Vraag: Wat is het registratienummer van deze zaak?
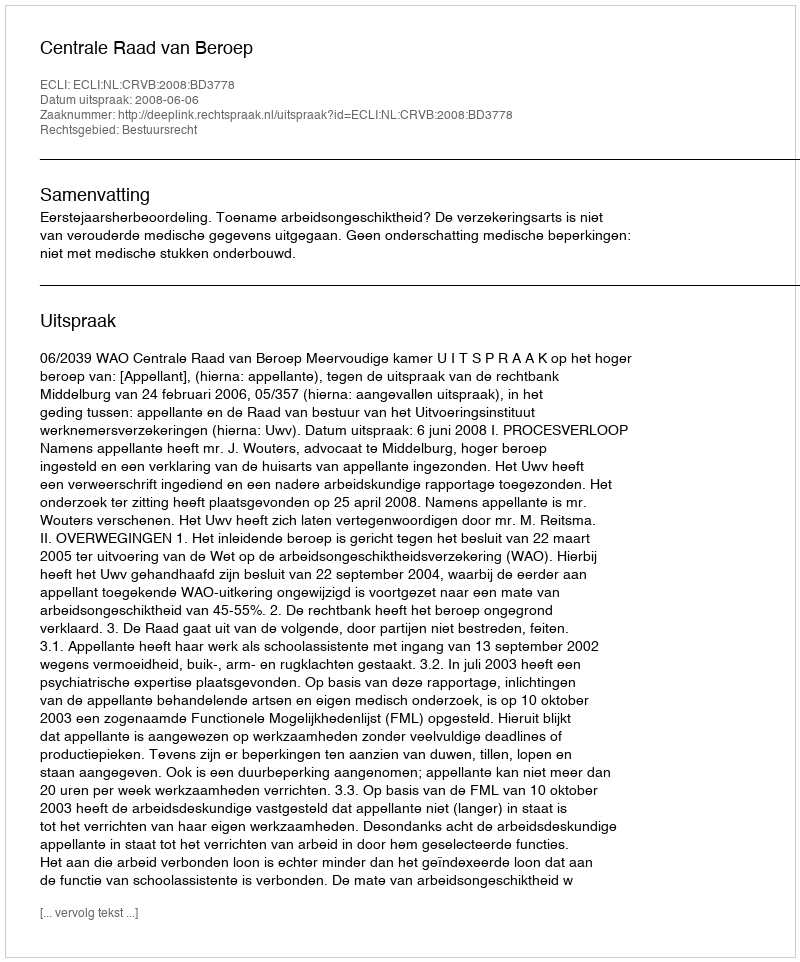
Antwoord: http://deeplink.rechtspraak.nl/uitspraak?id=ECLI:NL:CRVB:2008:BD3778